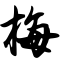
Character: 梅